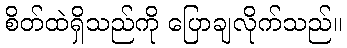
စိတ်ထဲရှိသည်ကို ပြောချလိုက်သည်။